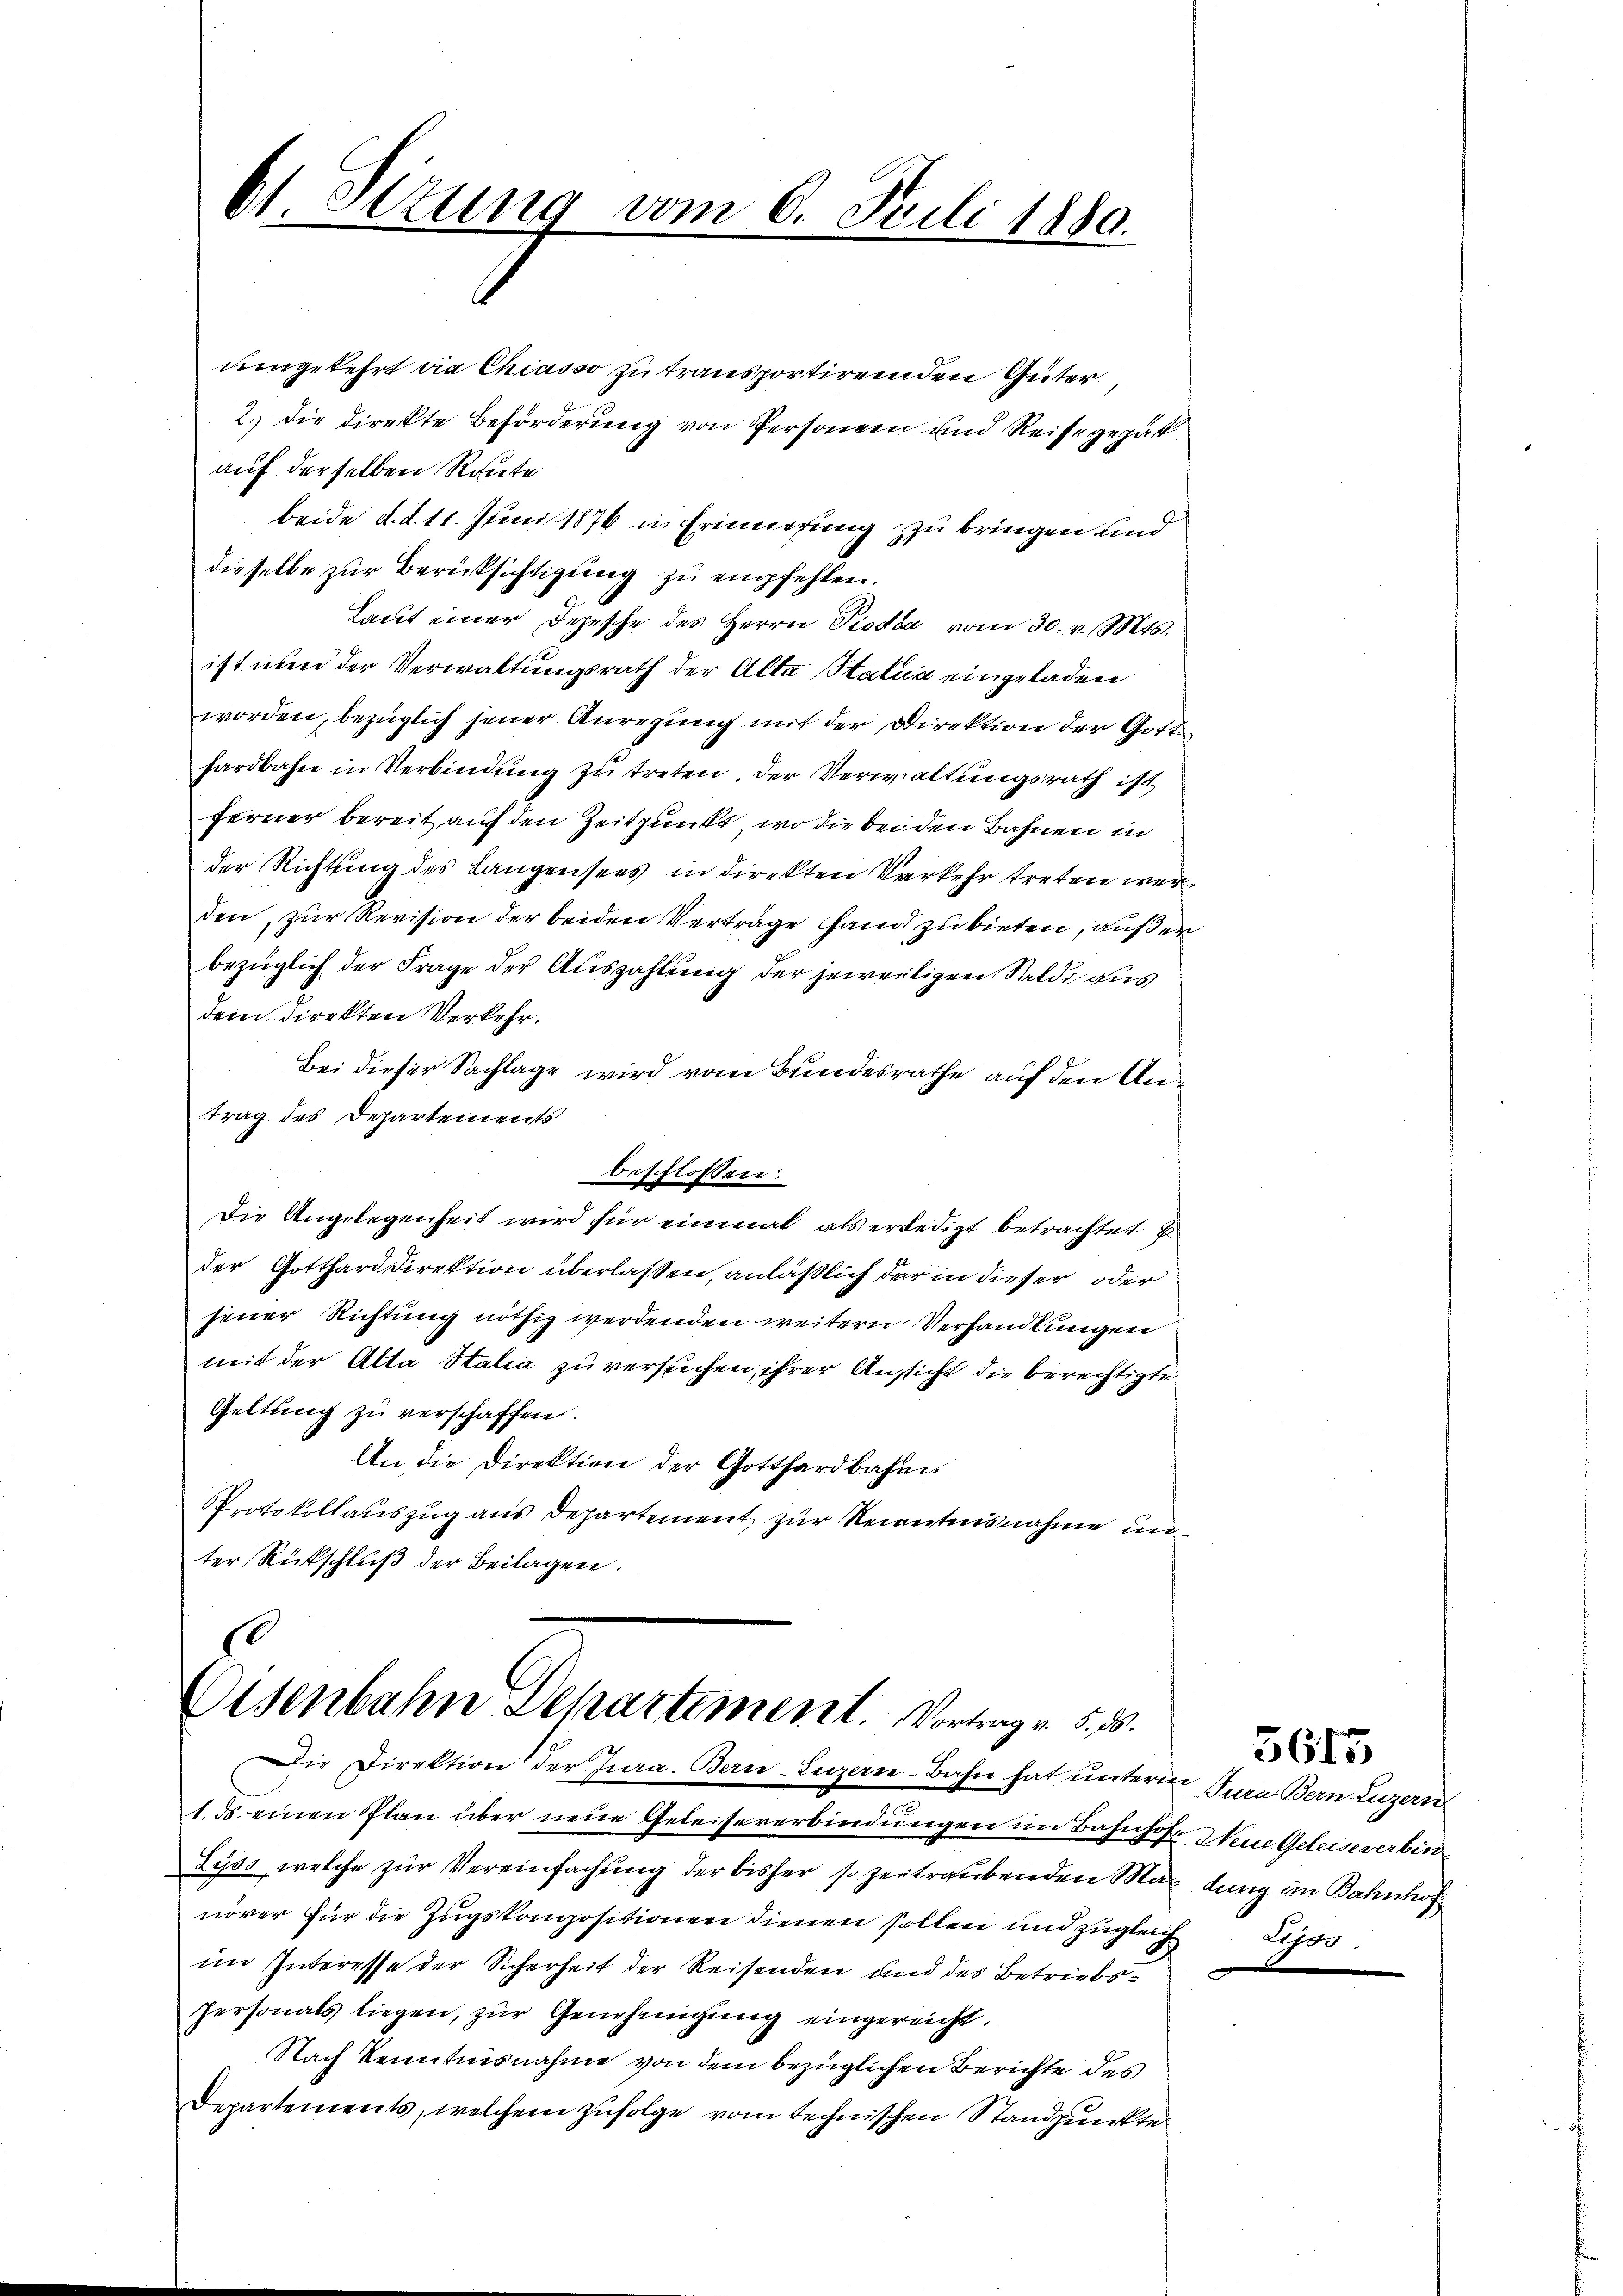
bt. Sitzung vom 6. Juli 1880.

umgekehrt die Chiasso zu transportirenden Güter,
2. die direkte Beförderung von Personen und Reise gepak
auf derselben Route
beide d. d. 11. Juni 1876 in Erinnerung zu bringen und
dieselbe zur Berücksichtigung zu empfehlen.
Laut einer Depesche des Herrn Pioda vom 30. v. Mts.
ist nun der Verwaltungsrath der Alta Halia eingeladen
worden, bezüglich jener Anregung mit der Direktion der Gott
hardbahn in Verbindung zu treten. Der Verwaltungsrath ist
ferner bereit auf den Zeitpunkt, wo die beiden Bahnen in
der Richtung des Langensees in direkten Verkehr treten werden, zur Revision der beiden Verträge fand zu bieten, außer
bezüglich der Frage der Auszahlung der jeweiligen Saldi aus
dem Direkten Verkehr.
Bei dieser Sachlage wird vom Bundesrathe auf den Antrag des Departements
beschlossen:
Die Angelegenheit wird für einmal als erledigt betrachtet E
der Gotthard Direktion überlassen, anläßlich der in dieser oder
jener Richtung nöthig werdenden weitern Verhandlungen
mit der Alta Stalia zu versuchen, ihrer Ansicht die berechtigte
Geltung zu verschaffen.
An die Direktion der Gotthardbahne
PProtokollauszug aus Departement zur Recentnisnahme unter Rückschluß der Beilagen.

10
Eisenbahn Departement. Vortrag v. 5. 15.

Die Direktion der Jura. Bern-Luzern-Bahn hat weitern Jura Bern Luzern
1. ds. einen Plan über neue Geleiseverbindungen im Bahnhof Meine Geleise verbin
Lyss, welche zŭr Vereinfachung der bisher so zeitraubenden Max dung im Bahnhof
növer für die Zugskompositionen dienen sollen und zugleich Lisss
im Interesse der Sicherheit der Reisenden und des Betriebs¬
Personals liegen, zur Genehmigung eingereicht,
Nach Kenntnisnahme von dem bezüglichen Berichte des
Departements, welchem zufolge vom technischen Standpunkte

3615